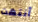
أنتهت